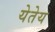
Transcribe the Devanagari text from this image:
येतेय